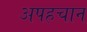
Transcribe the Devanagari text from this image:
अपहचान